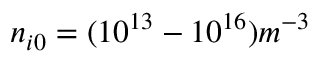
n _ { i 0 } = ( 1 0 ^ { 1 3 } - 1 0 ^ { 1 6 } ) m ^ { - 3 }